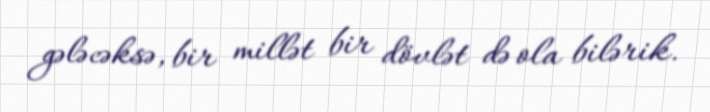
gələcəksə, bir millət bir dövlət də ola bilərik.